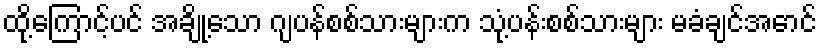
ထို့ကြောင့်ပင် အချို့သော ဂျပန်စစ်သားများက သုံ့ပန်းစစ်သားများ မခံချင်အောင်